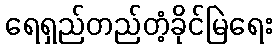
ရေရှည်တည်တံ့ခိုင်မြဲရေး